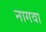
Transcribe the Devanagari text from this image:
नागवा